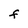
Character: F